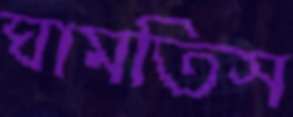
ঘামতিস